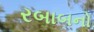
રબાબનો